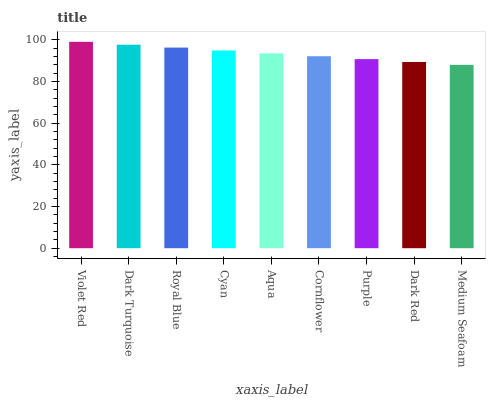
| xaxis_label | bars |
 | --- | --- |
 | Violet Red | 99 |
 | Dark Turquoise | 97.6 |
 | Royal Blue | 96.2 |
 | Cyan | 94.9 |
 | Aqua | 93.5 |
 | Cornflower | 92.1 |
 | Purple | 90.7 |
 | Dark Red | 89.3 |
 | Medium Seafoam | 87.9 |